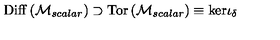
\mathrm { D i f f } \left( { \cal M } _ { s c a l a r } \right) \supset \mathrm { T o r } \left( { \cal M } _ { s c a l a r } \right) \equiv \mathrm { k e r } \iota _ { \delta }